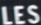
LES